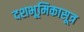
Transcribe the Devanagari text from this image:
दशभूमिकासूत्र